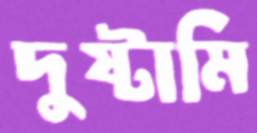
দুষ্টামি